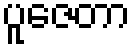
ပူဇေတာ